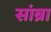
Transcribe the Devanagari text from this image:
सांब्रा